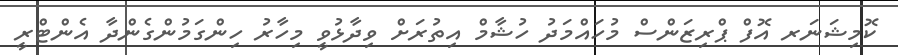
ކޮމިޝަނަރ އޮފް ޕްރިޒަންސް މުހައްމަދު ހުޝާމް އިތުރަށް ވިދާޅުވީ މިހާރު ހިންގަމުންގެންދާ އެންޓްރީ